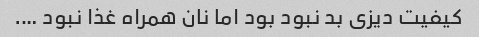
کیفیت دیزی بد نبود بود اما نان همراه غذا نبود ….